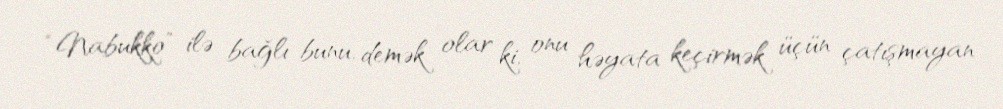
“Nabukko” ilə bağlı bunu, demək olar ki, onu həyata keçirmək üçün çatışmayan